Indian journal of veterinary science and animal husbandry - Volume 6,
Year: 1936
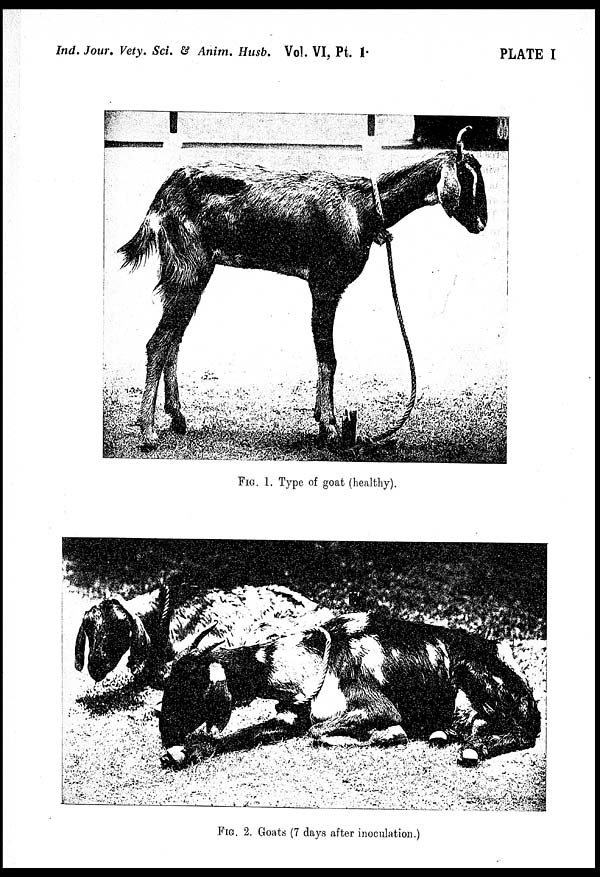
Ind. Jour. Vety. Sci. & Anim. Husb. Vol. VI, Pt.
1.
PLATE I
FIG. 1. Type of goat (healthy).
FIG. 2. Goats (7 days after inoculation.)